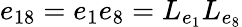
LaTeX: e_{18}=e_{1}e_{8}=L_{e_{1}}L_{e_{8}}